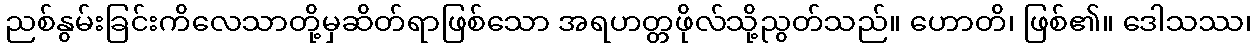
ညစ်နွမ်းခြင်းကိလေသာတို့မှဆိတ်ရာဖြစ်သော အရဟတ္တဖိုလ်သို့ညွတ်သည်။ ဟောတိ၊ ဖြစ်၏။ ဒေါသဿ၊